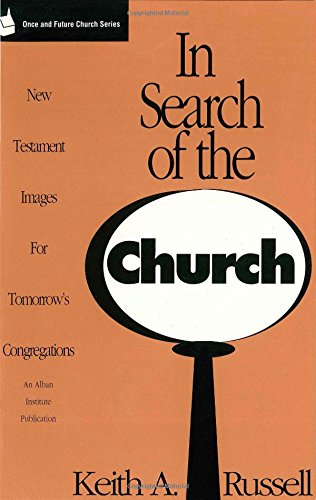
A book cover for In Search of the Church: New Testament Images for Tomorrow's Congregations (Once and Future Church Series); Keith A. Russell; Christian Books & Bibles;